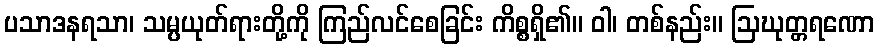
ပသာဒနရသာ၊ သမ္ပယုတ်ရားတို့ကို ကြည်လင်စေခြင်း ကိစ္စရှိ၏။ ဝါ၊ တစ်နည်း။ ဩဃုတ္တရဏော